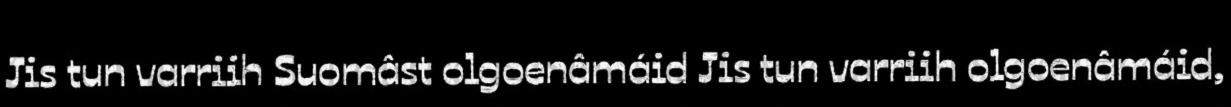
Jis tun varriih Suomâst olgoenâmáid Jis tun varriih olgoenâmáid,